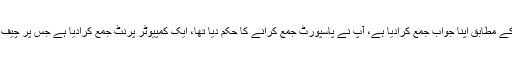
سماعت کے دوران عمران خان کے وکیل نعیم بخاری نے عدالت سے کہا کہ میں نے آپ کے حکم کے مطابق اپنا جواب جمع کرادیا ہے، آپ نے پاسپورٹ جمع کرانے کا حکم دیا تھا، ایک کمپیوٹر پرنٹ جمع کرادیا ہے جس پر چیف جسٹس نے نعیم بخاری سے کہا کہ آپ نے بنی گالہ جائیداد سے متعلق گیپس کی وضاحت دینی ہے۔